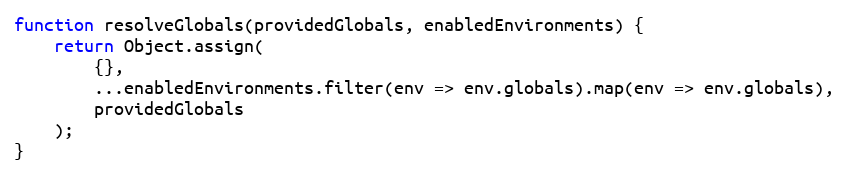
Language: JavaScript
function resolveGlobals(providedGlobals, enabledEnvironments) {
    return Object.assign(
        {},
        ...enabledEnvironments.filter(env => env.globals).map(env => env.globals),
        providedGlobals
    );
}